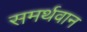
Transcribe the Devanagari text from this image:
समर्थवान